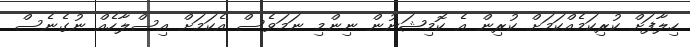
ހިލާފަށް ކުރިކަމެއްކަމަށް ކުރިން އެ ކޮމިޝަނުން ނިންމި ނަމަވެސް އެކަމަށް އިސްލާހެއް ނުގެނެސް